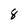
Character: 8